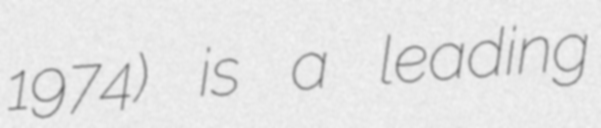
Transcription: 1974) is a leading